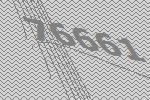
76661